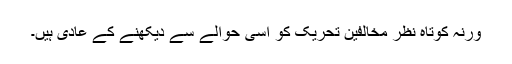
ورنہ کوتاہ نظر مخالفین تحریک کو اسی حوالے سے دیکھنے کے عادی ہیں۔